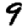
Digit: 9